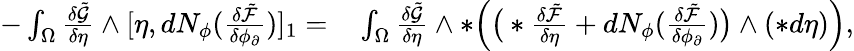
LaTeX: \begin{array}{rl}{-\int_{\Omega}\frac{\delta\tilde{\mathcal{G}}}{\delta\eta}\wedge[\eta,dN_{\phi}(\frac{\delta\tilde{\mathcal{F}}}{\delta\phi_{\partial}})]_{1}=}&{{}\int_{\Omega}\frac{\delta\tilde{\mathcal{G}}}{\delta\eta}\wedge\ast\Big(\big(\ast\frac{\delta\tilde{\mathcal{F}}}{\delta\eta}+dN_{\phi}(\frac{\delta\tilde{\mathcal{F}}}{\delta\phi_{\partial}})\big)\wedge(\ast d\eta)\Big),}\end{array}